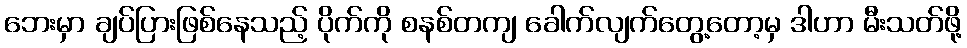
ဘေးမှာ ချပ်ပြားဖြစ်နေသည့် ပိုက်ကို စနစ်တကျ ခေါက်လျက်တွေ့တော့မှ ဒါဟာ မီးသတ်ဖို့